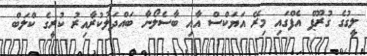
ލީގުގެ ގުރޫޕް އެފްގައި މިރޭ އަޔަކްސް އާއި ބާސެލޯނާ ބައްދަލުކުރާއިރު ކުރީގެ ކްލަބް